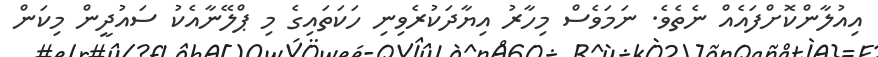
އިއުލާންކޮށްފައެއް ނެތެވެ. ނަމަވެސް މިހާރު އިޔާދަކުރެވިނި ހަކަތައިގެ މި ޕްލޭނާއެކު ސައުދީން މިކަން